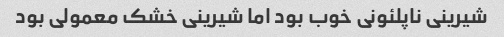
شیرینی ناپلئونی خوب بود اما شیرینی خشک معمولی بود